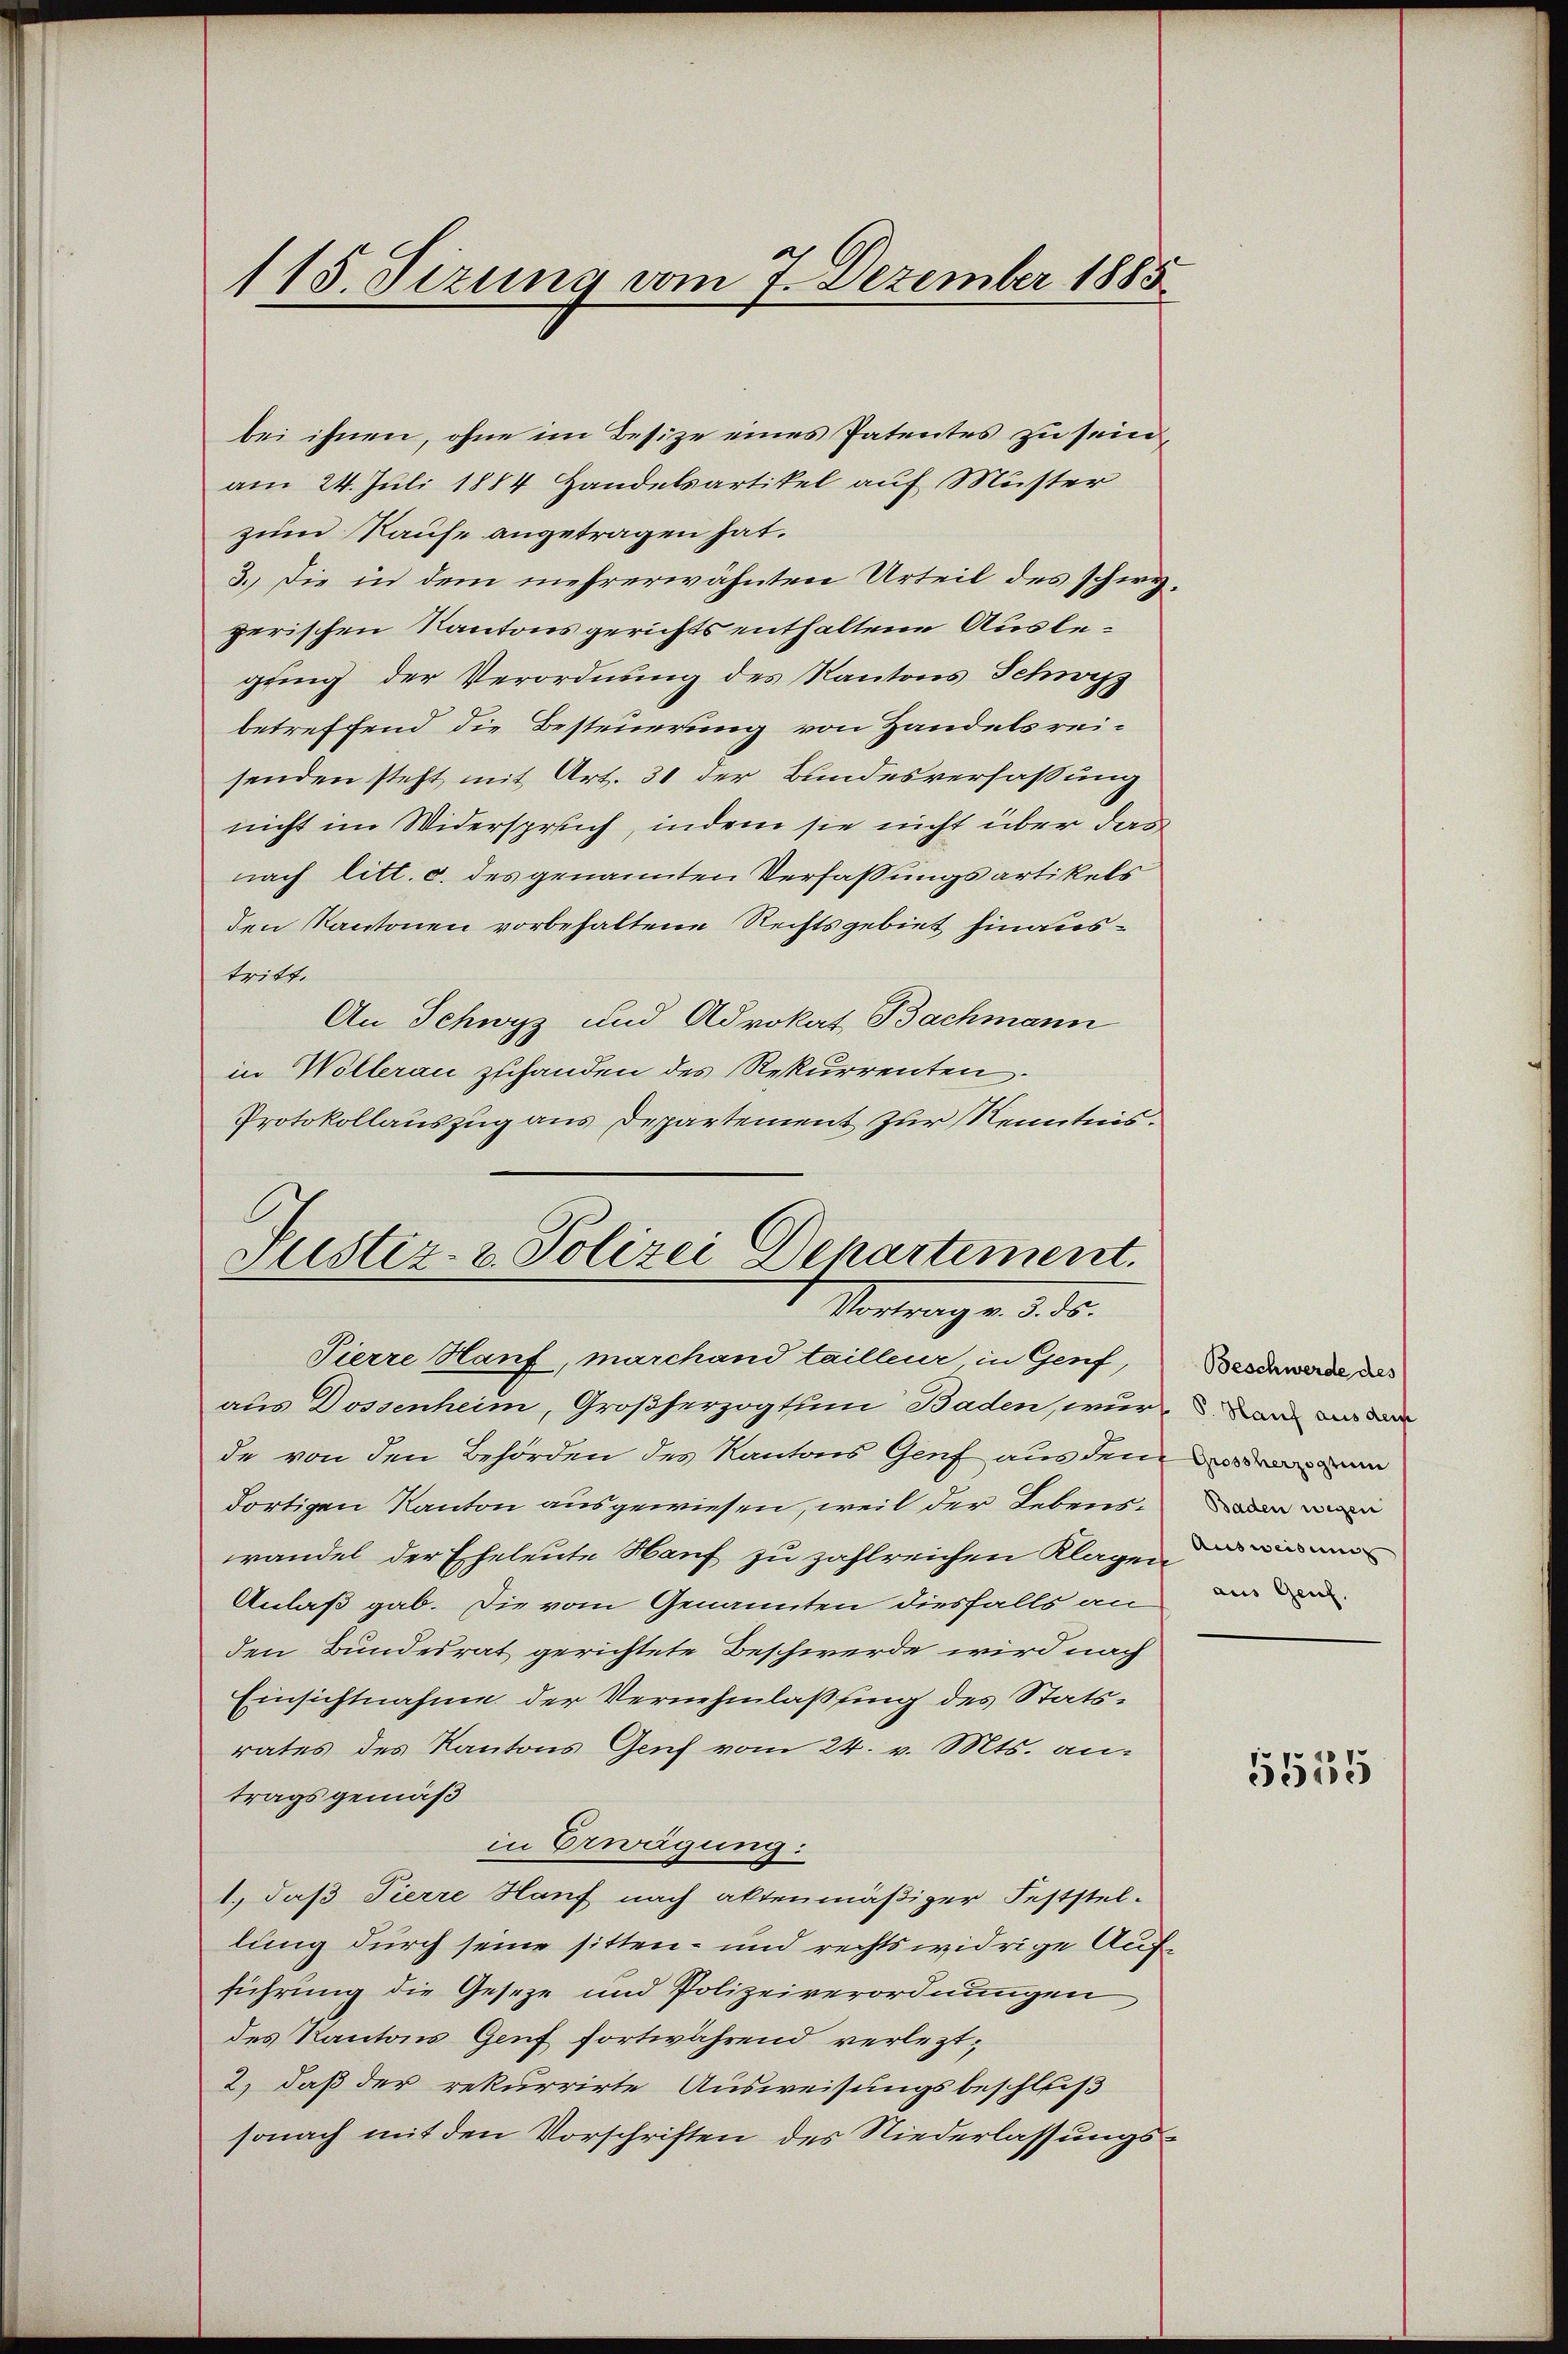
115. Sizung vom 7. Dezember 1885

bei ihnen, ohne im Besize eines Patentes zu sein,
am 24. Juli 1884 Handelsartikel auf Muster
zum Kaufe angetragen hat.
3. Die in dem mehrerwähnten Urteil des schwezerischen Kantonsgerichts enthaltene Auslegung der Verordnung des Kantons Schwyz
betreffend die Besteuerung von Handelsrei-
senden steht, mit Art. 31 der Bundesverfassung
nicht im Widerspruch, indem sie nicht über das
nach litt. c. des genannten Verfassungsartikels
den Kantonen vorbehaltene Rechtsgebiet hinaustritt.
An Schwyz und Advokat Bachmann
in Wollerau zuhanden des Rekurrenten
Protokollauszug aus Departement zur Kenntnis.
Justiz- & Polizei Departiment.

Vertrag a. d. 15.

Pierre Hanf, marchand tailleur in Genf,
aus Dossenheim, Großherzogtum Baden, wurde von den Behörden des Kantons Genf aus den
dortigen Kanton ausgewiesen, weil der Lebenswandel der Eheleute Hanf zu zahlreichen Klagen in man
Anlaß gab. Die vom Genannten diesfalls an
den Bundesrat gerichtete Beschwerde wird nach
Einsichtnahme der Vernehmlaßung des Statsrates des Kantons Genf vom 24. v. Mts. antragsgemäß
in Erwägung:
1., daß Tierre Hanf nach aktenmäßiger Feststel-
lung durch seine sitten- und rechtswidrige Aufführung die Geseze und Polizeiverordnungen
des Kantons Genf fortwährend verlezt¬
2) daß der rekurrirte Ausweisungsbeschluß
sonach mit den Vorschriften des Niederlassungs¬

Beschwerde des
V. Hauf aus dem
Grossherzogtum
Baden wegen
aus Genf.

5515